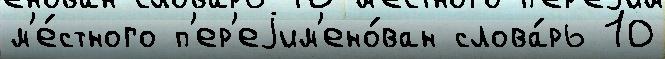
м'е́стного п'ер'еjим'ено́ван слова́рь 10